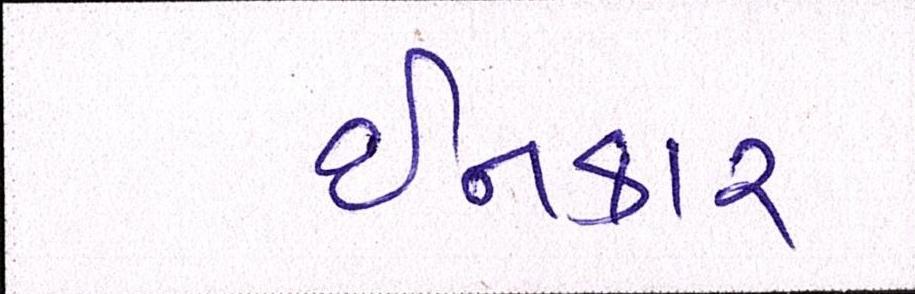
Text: ઈનકાર